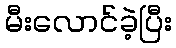
မီးလောင်ခဲ့ပြီး